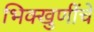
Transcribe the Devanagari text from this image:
भिक्खुणींचे